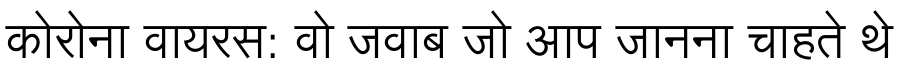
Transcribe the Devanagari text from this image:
कोरोना वायरस: वो जवाब जो आप जानना चाहते थे